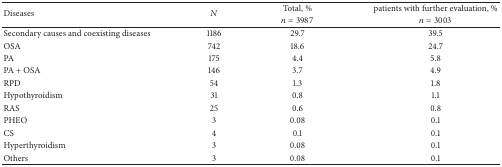
| <ROWSPAN=2> Diseases | <ROWSPAN=2> N | Total, % | patients with further evaluation, % |
 | n = 3987 | n = 3003 |
 | --- | --- | --- | --- |
 | Secondary causes and coexisting diseases | 1186 | 29.7 | 39.5 |
 | OSA | 742 | 18.6 | 24.7 |
 | PA | 175 | 4.4 | 5.8 |
 | PA + OSA | 146 | 3.7 | 4.9 |
 | RPD | 54 | 1.3 | 1.8 |
 | Hypothyroidism | 31 | 0.8 | 1.1 |
 | RAS | 25 | 0.6 | 0.8 |
 | PHEO | 3 | 0.08 | 0.1 |
 | CS | 4 | 0.1 | 0.1 |
 | Hyperthyroidism | 3 | 0.08 | 0.1 |
 | Others | 3 | 0.08 | 0.1 |